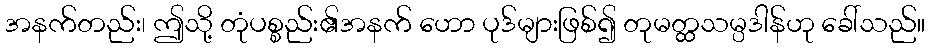
အနက်တည်း၊ ဤသို့ တုံပစ္စည်း၏အနက် ဟော ပုဒ်များဖြစ်၍ တုမတ္ထသမ္ပဒါန်ဟု ခေါ်သည်။